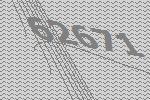
62671